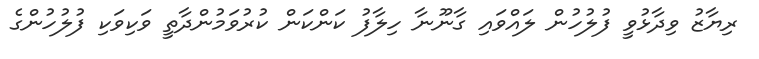
ރިޔާޒު ވިދާޅުވީ ފުލުހުން ލައްވައި ގާނޫނާ ހިލާފު ކަންކަން ކުރުވަމުންދާތީ ވަކިވަކި ފުލުހުންގެ